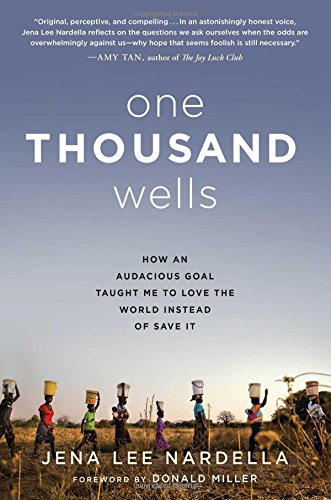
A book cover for One Thousand Wells: How an Audacious Goal Taught Me to Love the World Instead of Save It; Jena Lee Nardella; Biographies & Memoirs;